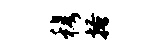
穆搔